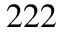
^ { 2 2 2 }